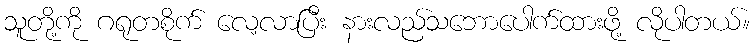
သူတို့ကို ဂရုတစိုက် လေ့လာပြီး နားလည်သဘောပေါက်ထားဖို့ လိုပါတယ်။